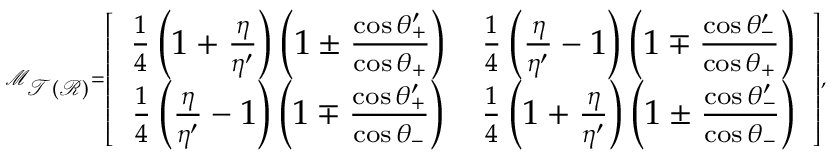
\scriptscriptstyle { \mathcal { M } _ { \mathcal { T } ( \mathcal { R } ) } = \left[ \begin{array} { c c } { \frac { 1 } { 4 } \left( 1 + \frac { \eta } { \eta ^ { \prime } } \right) \left( 1 \pm \frac { \cos \theta _ { + } ^ { \prime } } { \cos \theta _ { + } } \right) } & { \frac { 1 } { 4 } \left( \frac { \eta } { \eta ^ { \prime } } - 1 \right) \left( 1 \mp \frac { \cos \theta _ { - } ^ { \prime } } { \cos \theta _ { + } } \right) } \\ { \frac { 1 } { 4 } \left( \frac { \eta } { \eta ^ { \prime } } - 1 \right) \left( 1 \mp \frac { \cos \theta _ { + } ^ { \prime } } { \cos \theta _ { - } } \right) } & { \frac { 1 } { 4 } \left( 1 + \frac { \eta } { \eta ^ { \prime } } \right) \left( 1 \pm \frac { \cos \theta _ { - } ^ { \prime } } { \cos \theta _ { - } } \right) } \end{array} \right] } ,